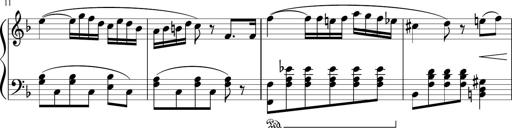
Title: 3 Sonatinen
Composer: Heinrich Lichner